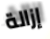
إزالة